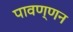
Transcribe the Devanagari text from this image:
पावण्णन